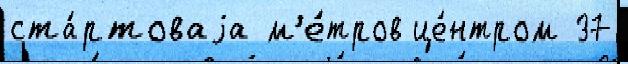
ста́ртоваjа м'е́тров це́нтром 37